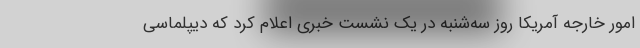
امور خارجه آمریکا روز سه‌شنبه در یک نشست خبری اعلام کرد که دیپلماسی